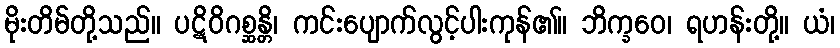
မိုးတိမ်တို့သည်။ ပဋိဝိဂစ္ဆန္တိ၊ ကင်းပျောက်လွင့်ပါးကုန်၏။ ဘိက္ခဝေ၊ ရဟန်းတို့။ ယံ၊